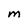
Character: M